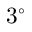
3 ^ { \circ }